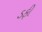
ડફી